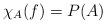
LaTeX: \begin{align*}\chi_A(f) = P(A)\end{align*}